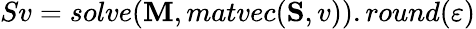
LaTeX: Sv=solve(\mathbf{M},matvec(\mathbf{S},v)).round(\varepsilon)